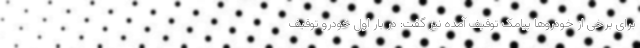
برای برخی از خودروها پیامک توقیف آمده نیز گفت: در بار اول خودرو توقیف